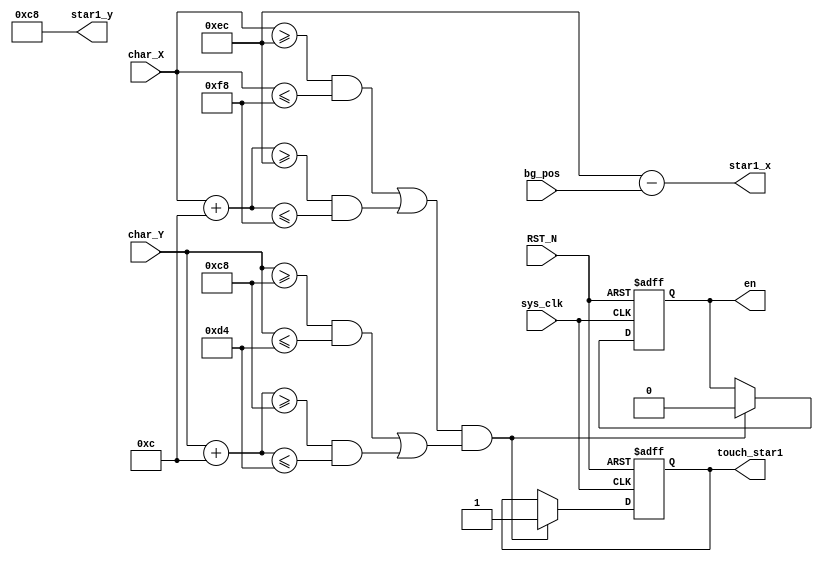
`timescale 1ns / 1ps

module STAR1(
	input sys_clk,
	input  [9:0] char_X,
	input  [9:0] char_Y,
	input  [9:0] bg_pos,
	input RST_N,
    output wire [9:0] star1_x,
    output wire [9:0] star1_y,
    output touch_star1,
    output  en
);
  reg [9:0] star1_x_r = 10'd236;
  reg [9:0] star1_y_r = 10'd200;
  reg enable = 1'b1;
  reg touch;
  assign star1_x = star1_x_r - bg_pos;
  assign star1_y = star1_y_r;
  assign touch_star1 = touch;
  assign en = enable;
  
  always@(posedge sys_clk or negedge RST_N)
    begin
      if(!RST_N)
        begin
          enable <= 1'b1;
          touch <= 1'b0;
        end
      else if( ((((char_X >= star1_x_r) && (char_X <= star1_x_r + 10'd12)) || ((char_X + 10'd12 >= star1_x_r) && (char_X + 10'd12 <= star1_x_r + 10'd12)))) & ((((char_Y >= star1_y_r) && (char_Y <= star1_y_r + 10'd12)) || ((char_Y + 10'd12 >= star1_y_r) && (char_Y + 10'd12 <= star1_y_r + 10'd12)))) ) 
        begin 
          enable <= 1'b0;
          touch <= 1'b1;
        end
      else
        touch <= touch;
    end
endmodule